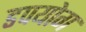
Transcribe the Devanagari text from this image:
डपयोग